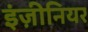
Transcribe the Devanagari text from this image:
इंज़ीनियर